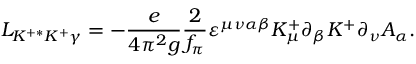
{ \cal L } _ { K ^ { + * } K ^ { + } \gamma } = - \frac { e } { 4 \pi ^ { 2 } g } { \frac { 2 } { f _ { \pi } } } \varepsilon ^ { \mu \nu \alpha \beta } K _ { \mu } ^ { + } \partial _ { \beta } K ^ { + } \partial _ { \nu } A _ { \alpha } .